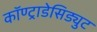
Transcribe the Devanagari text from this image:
कॉण्ट्राडेसिड्युट